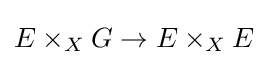
E\times _{X}G\rightarrow E\times _{X}E